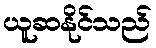
ယူဆနိုင်သည်